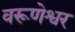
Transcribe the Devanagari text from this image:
वरूणेश्वर